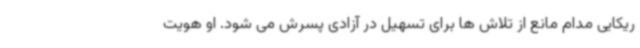
ریکایی مدام مانع از تلاش ها برای تسهیل در آزادی پسرش می شود. او هویت